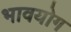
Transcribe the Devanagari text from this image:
भावयोग